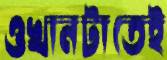
ওখানটাতেই